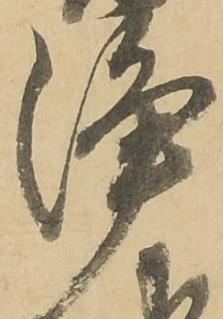
浄